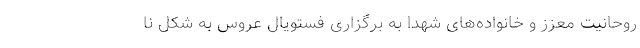
روحانیت معزز و خانواده‌های شهدا به برگزاری فستویال عروس به شکل نا